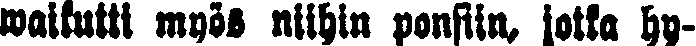
waikutti myös niihin ponsiin, jotka hy-